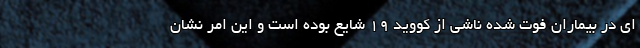
ای در بیماران فوت شده ناشی از کووید ۱۹ شایع بوده است و این امر نشان